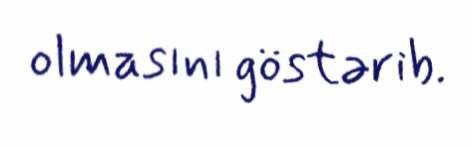
olmasını göstərib.